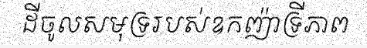
ដីចូលសមុទ្ររបស់ឧកញ៉ាទ្រីភាព